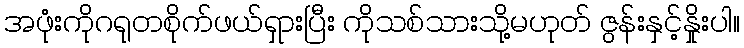
အဖုံးကိုဂရုတစိုက်ဖယ်ရှားပြီး ကိုသစ်သားသို့မဟုတ် ဇွန်းနှင့်နှိုးပါ။